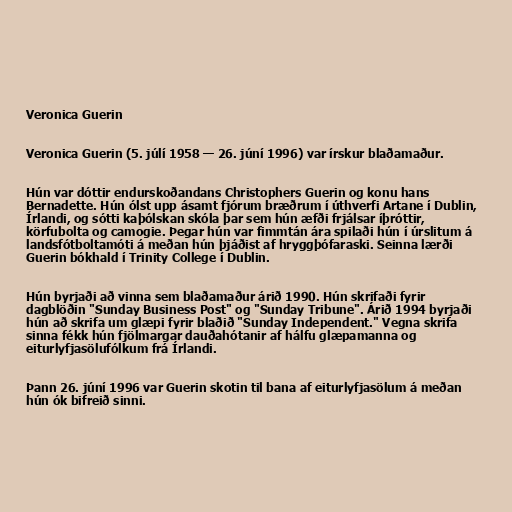
Veronica Guerin

Veronica Guerin (5. júlí 1958 — 26. júní 1996) var írskur blaðamaður.

Hún var dóttir endurskoðandans Christophers Guerin og konu hans
Bernadette. Hún ólst upp ásamt fjórum bræðrum í úthverfi Artane í Dublin,
Írlandi, og sótti kaþólskan skóla þar sem hún æfði frjálsar íþróttir,
körfubolta og camogie. Þegar hún var fimmtán ára spilaði hún í úrslitum á
landsfótboltamóti á meðan hún þjáðist af hryggþófaraski. Seinna lærði
Guerin bókhald í Trinity College í Dublin.

Hún byrjaði að vinna sem blaðamaður árið 1990. Hún skrifaði fyrir
dagblöðin "Sunday Business Post" og "Sunday Tribune". Árið 1994 byrjaði
hún að skrifa um glæpi fyrir blaðið "Sunday Independent." Vegna skrifa
sinna fékk hún fjölmargar dauðahótanir af hálfu glæpamanna og
eiturlyfjasölufólkum frá Írlandi.

Þann 26. júní 1996 var Guerin skotin til bana af eiturlyfjasölum á meðan
hún ók bifreið sinni.